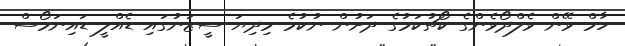
ހާމް ވޭން ވެލްދޯވެންގެ ކޯޗުކަމުގެ ދަށުން ނުކުމެ މިދިޔަ ސީޒަނުގައި ޑެއްލީ ޑައިނަމޯސް